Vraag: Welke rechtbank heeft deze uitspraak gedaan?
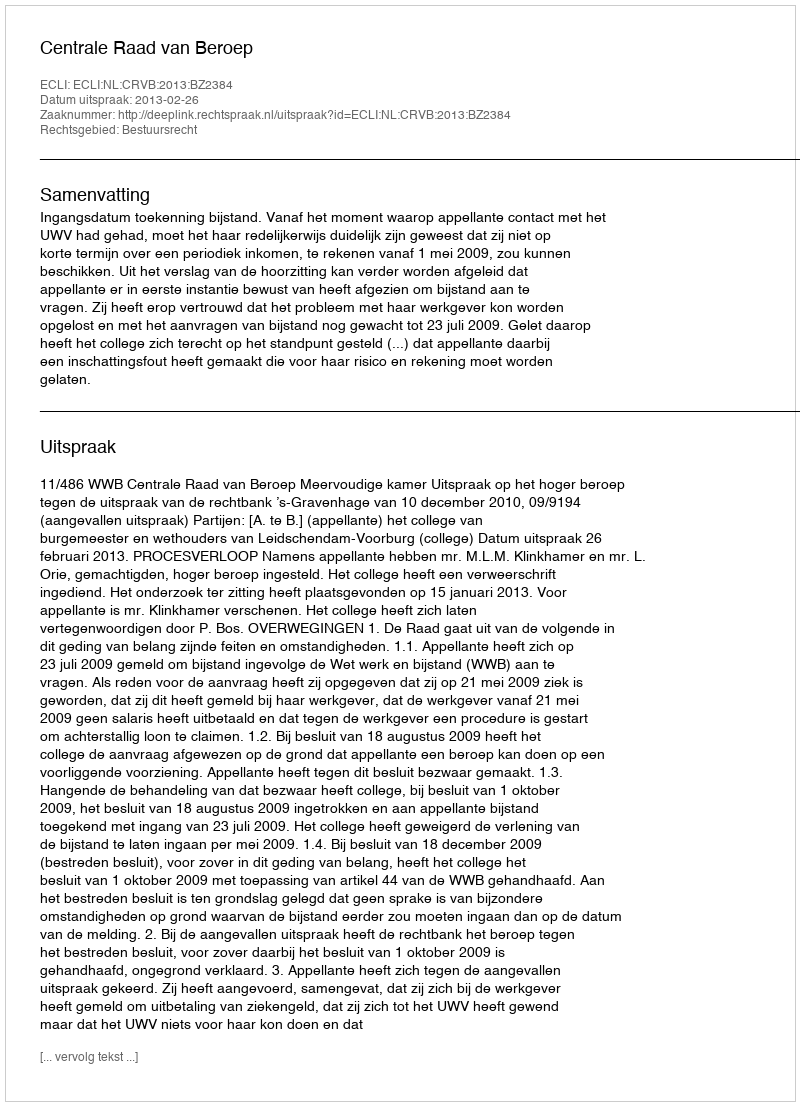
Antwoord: Centrale Raad van Beroep